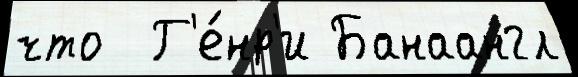
что  Г'е́нр'и Банаангл